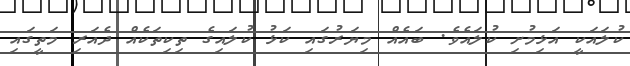
ކުލައަކީ އަޅިމުށި ކުލައެވެ. ބައެއް މިޔަރުގައި ކަޅު ކުލައިގެ ތިކިތަކެއް ދެއަރި މަތީގައި